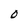
Character: O